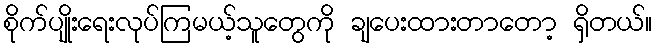
စိုက်ပျိုးရေးလုပ်ကြမယ့်သူတွေကို ချပေးထားတာတော့ ရှိတယ်။